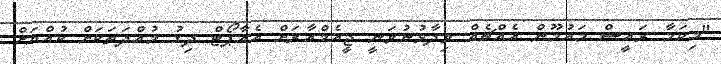
"މިކަމާ ރައީސް މައުމޫން އެއްޗެއް ވިދާޅުނުވަނީ ޖީއެމްއާރަށް އެއާޕޯޓް ދިގު މުއްދަތަކަށް ކުއްޔަށް